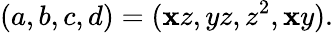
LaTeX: (a,b,c,d)=(\mathbf{x}z,yz,z^{2},\mathbf{x}y).